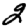
Digit: 2